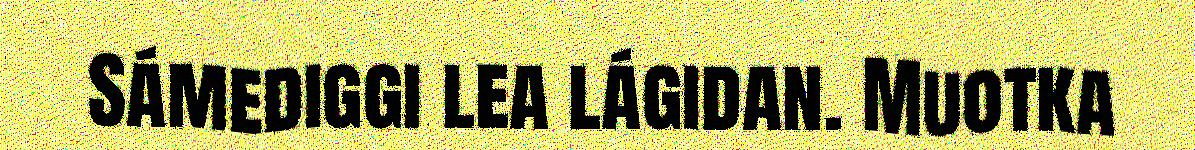
Sámediggi lea lágidan. Muotka